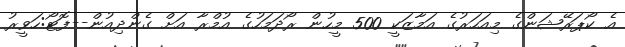
އެ ކޯޕަރޭޝަންގެ މިއަހަރުގެ އަމާޒަކީ 500 މީހުން ރޯދަމަހުގެ އުމްރާ އަށް ގެންދިއުން--ފޮޓޯ:ހަވީރު